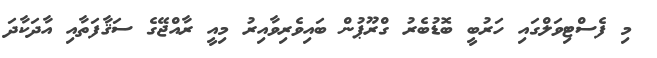
މި ފެސްޓިވަލްގައި ހަރުބީ ބޮޑުބެރު ގްރޫޕުން ބައިވެރިވާއިރު މިއީ ރާއްޖޭގެ ސަޤާފަތާއި އާދަކާދަ